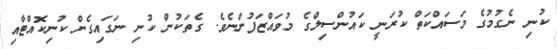
ކުނި ނެގުމުގެ މަސައްކަތް ކުރަނީ ކައުންސިލްގެ މުވައްޒަފުންނެވެ. ގެތަކުން ކުނި ނަގައިގެން ކުނިކޮއްޓާއި